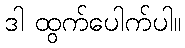
ဒါ ထွက်ပေါက်ပါ။